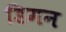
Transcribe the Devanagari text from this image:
डिमन